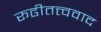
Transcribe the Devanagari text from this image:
रूढीतत्त्ववाद